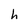
Character: h